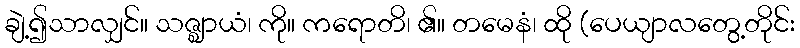
ချဲ့၍သာလျှင်။ သဇ္ဈာယံ၊ ကို။ ကရောတိ၊ ၏။ တမေနံ၊ ထို (ပေယျာလတွေ့တိုင်း